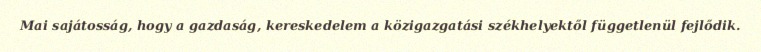
Mai sajátosság, hogy a gazdaság, kereskedelem a közigazgatási székhelyektől függetlenül fejlődik.